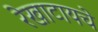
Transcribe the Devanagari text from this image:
रेखाटायचे